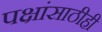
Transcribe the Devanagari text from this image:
पक्षांसाठीही